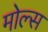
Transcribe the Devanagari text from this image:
मोल्स